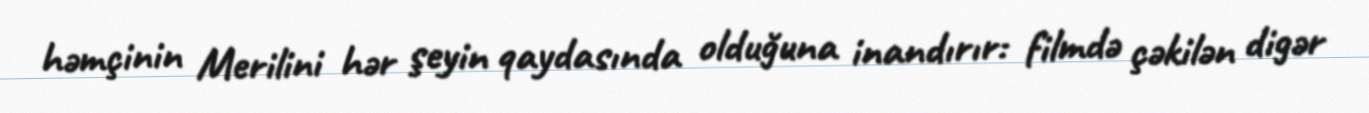
həmçinin Merilini hər şeyin qaydasında olduğuna inandırır: filmdə çəkilən digər